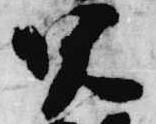
呪